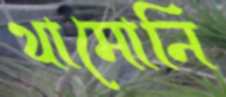
থামোনি